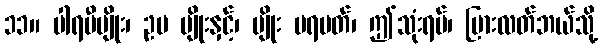
၁၁။ ပါရမီမျိုး၊ ဥပ မျိုးနှင့်၊ မျိုး ပရမတ်၊ ဤသုံးရပ်၊ ပြားလတ်ဘယ်သို့